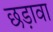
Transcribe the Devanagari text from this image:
छड़ावा